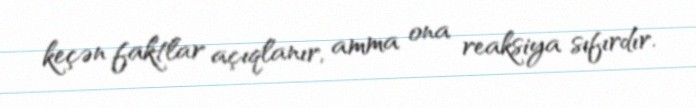
keçən faktlar açıqlanır, amma ona reaksiya sıfırdır.